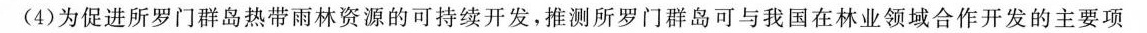
(4)为促进所罗门群岛热带雨林资源的可持续开发，推测所罗门群岛可与我国在林业领域合作开发的主要项